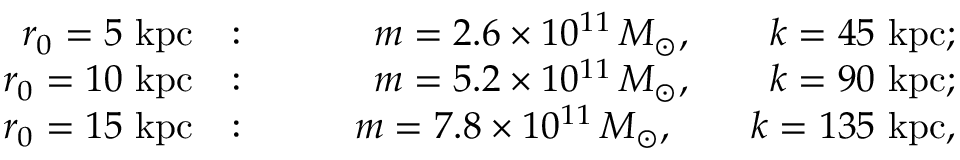
\begin{array} { r l r } { r _ { 0 } = 5 \ \mathrm { k p c } } & { : } & { \qquad m = 2 . 6 \times 1 0 ^ { 1 1 } \, M _ { \odot } , \qquad k = 4 5 \ \mathrm { k p c } ; } \\ { r _ { 0 } = 1 0 \ \mathrm { k p c } } & { : } & { \qquad m = 5 . 2 \times 1 0 ^ { 1 1 } \, M _ { \odot } , \qquad k = 9 0 \ \mathrm { k p c } ; } \\ { r _ { 0 } = 1 5 \ \mathrm { k p c } } & { : } & { \qquad m = 7 . 8 \times 1 0 ^ { 1 1 } \, M _ { \odot } , \qquad k = 1 3 5 \ \mathrm { k p c } , } \end{array}